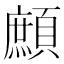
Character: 𩔼